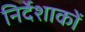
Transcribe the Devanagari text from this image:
निर्देशाकों